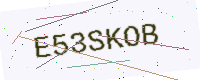
Text: E53SKOB